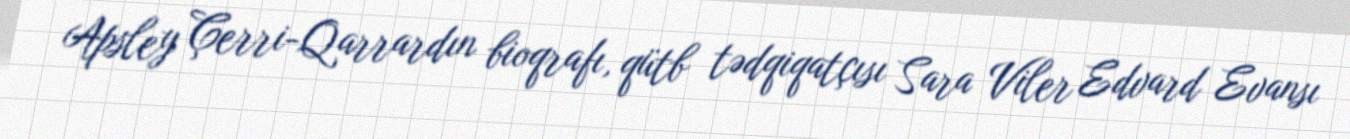
Apsley Çerri-Qarrardın bioqrafı, qütb tədqiqatçısı Sara Viler Edvard Evansı